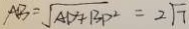
A B = \sqrt { A D ^ { 2 } + B P ^ { 2 } } = 2 \sqrt { 7 }